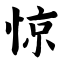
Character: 惊